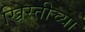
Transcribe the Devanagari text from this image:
ख्रिस्तीच्या